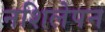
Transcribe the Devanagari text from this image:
नशिलेपन